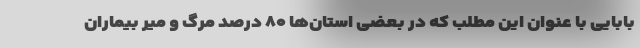
بابایی با عنوان این مطلب که در بعضی استان‌ها ۸۰ درصد مرگ و میر بیماران